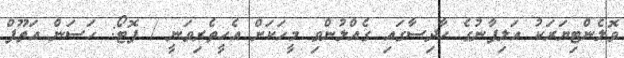
ވޮލެންޓިޔަރަކު އަލިފާނުގެ ހާދިސާގައި ގެއްލުންވި މީހަކަށް އެހީތެރިވަނީ / ފޮޓޯ: ހަސަން އަތޫފް